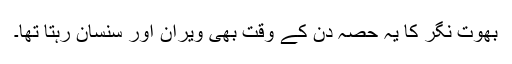
بھوت نگر کا یہ حصہ دن کے وقت بھی ویران اور سنسان رہتا تھا۔